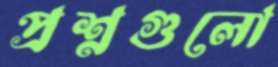
প্রশ্নগুলো